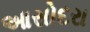
આસોદરા